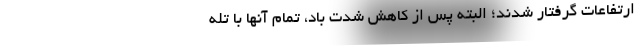
ارتفاعات گرفتار شدند؛ البته پس از کاهش شدت باد، تمام آنها با تله‌